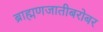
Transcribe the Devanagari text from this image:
ब्राह्मणजातीबरोबर